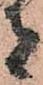
者